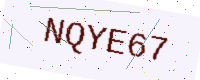
Text: NQYE67